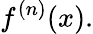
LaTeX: f^{(n)}(x).